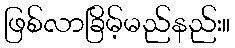
ဖြစ်လာခြိမ့်မည်နည်း။